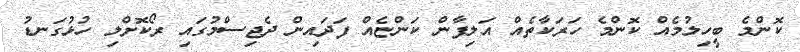
ކޮންމެ ބީހިލުމެއް ކޮންމެ ހަރަކާތެއް އަލިފާން ކަންޏެއް ފަދައިން ދެޖިސްމުގައި ރޯކޮށްލި ހުޅުގަނޑު